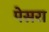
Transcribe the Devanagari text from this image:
पेसरा